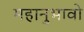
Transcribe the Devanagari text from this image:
महानुभावो